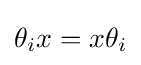
\theta _{i}x=x\theta _{i}